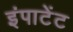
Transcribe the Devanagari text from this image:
इंपाटेंट